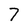
Character: 7